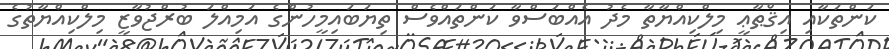
ކަންތަކާއި އިޤްޠާޢީ މިލްކިއްޔާތާ މެދު އެއްބަސްވާ ކަންތައްވެސް ތިޔަބައިމީހުންގެ އަމިއްލަ ބުރްޖުވާޒީ މިލްކިއްޔާތުގެ